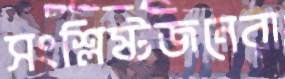
সংশ্লিষ্টজনেরা